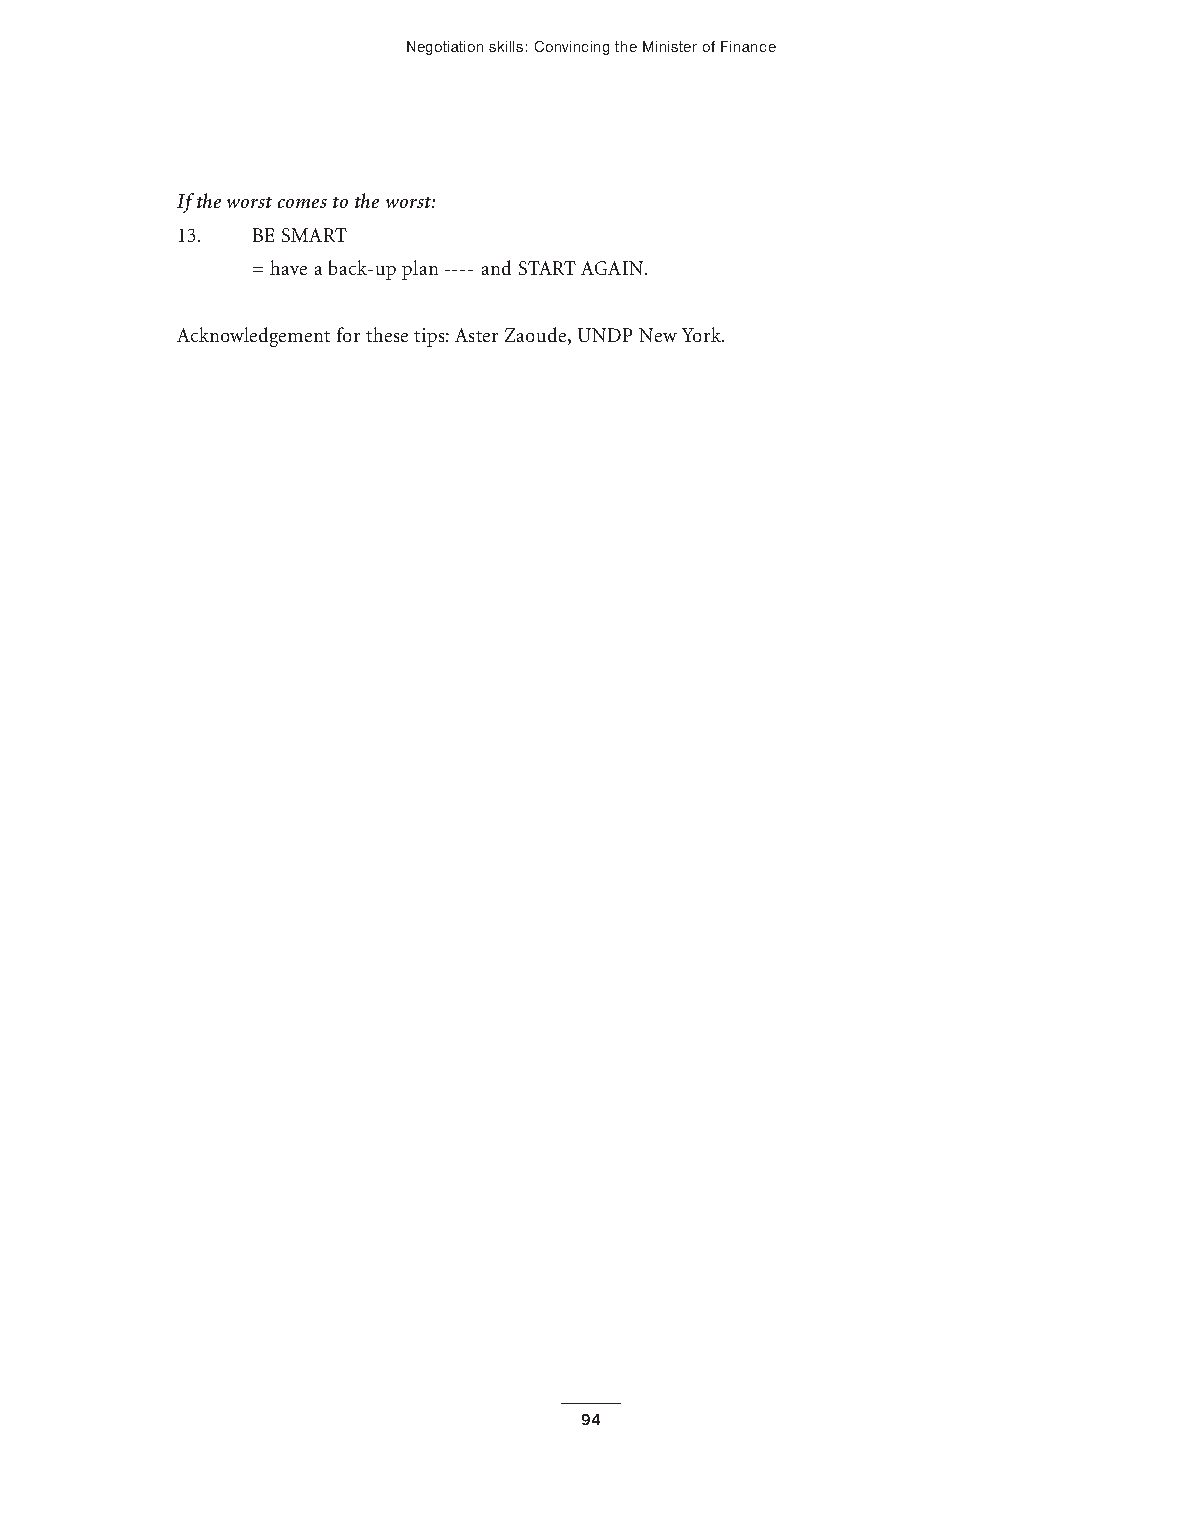
Negotiation skills: Convincing theMinister of Finance
 Ifthe worst comes to the worst:
 13.  BE SMART
 = have a back-up plan ---- and START AGAIN.
 Acknowledgement for these tips:Aster Zaoude,UNDP New York.
 94